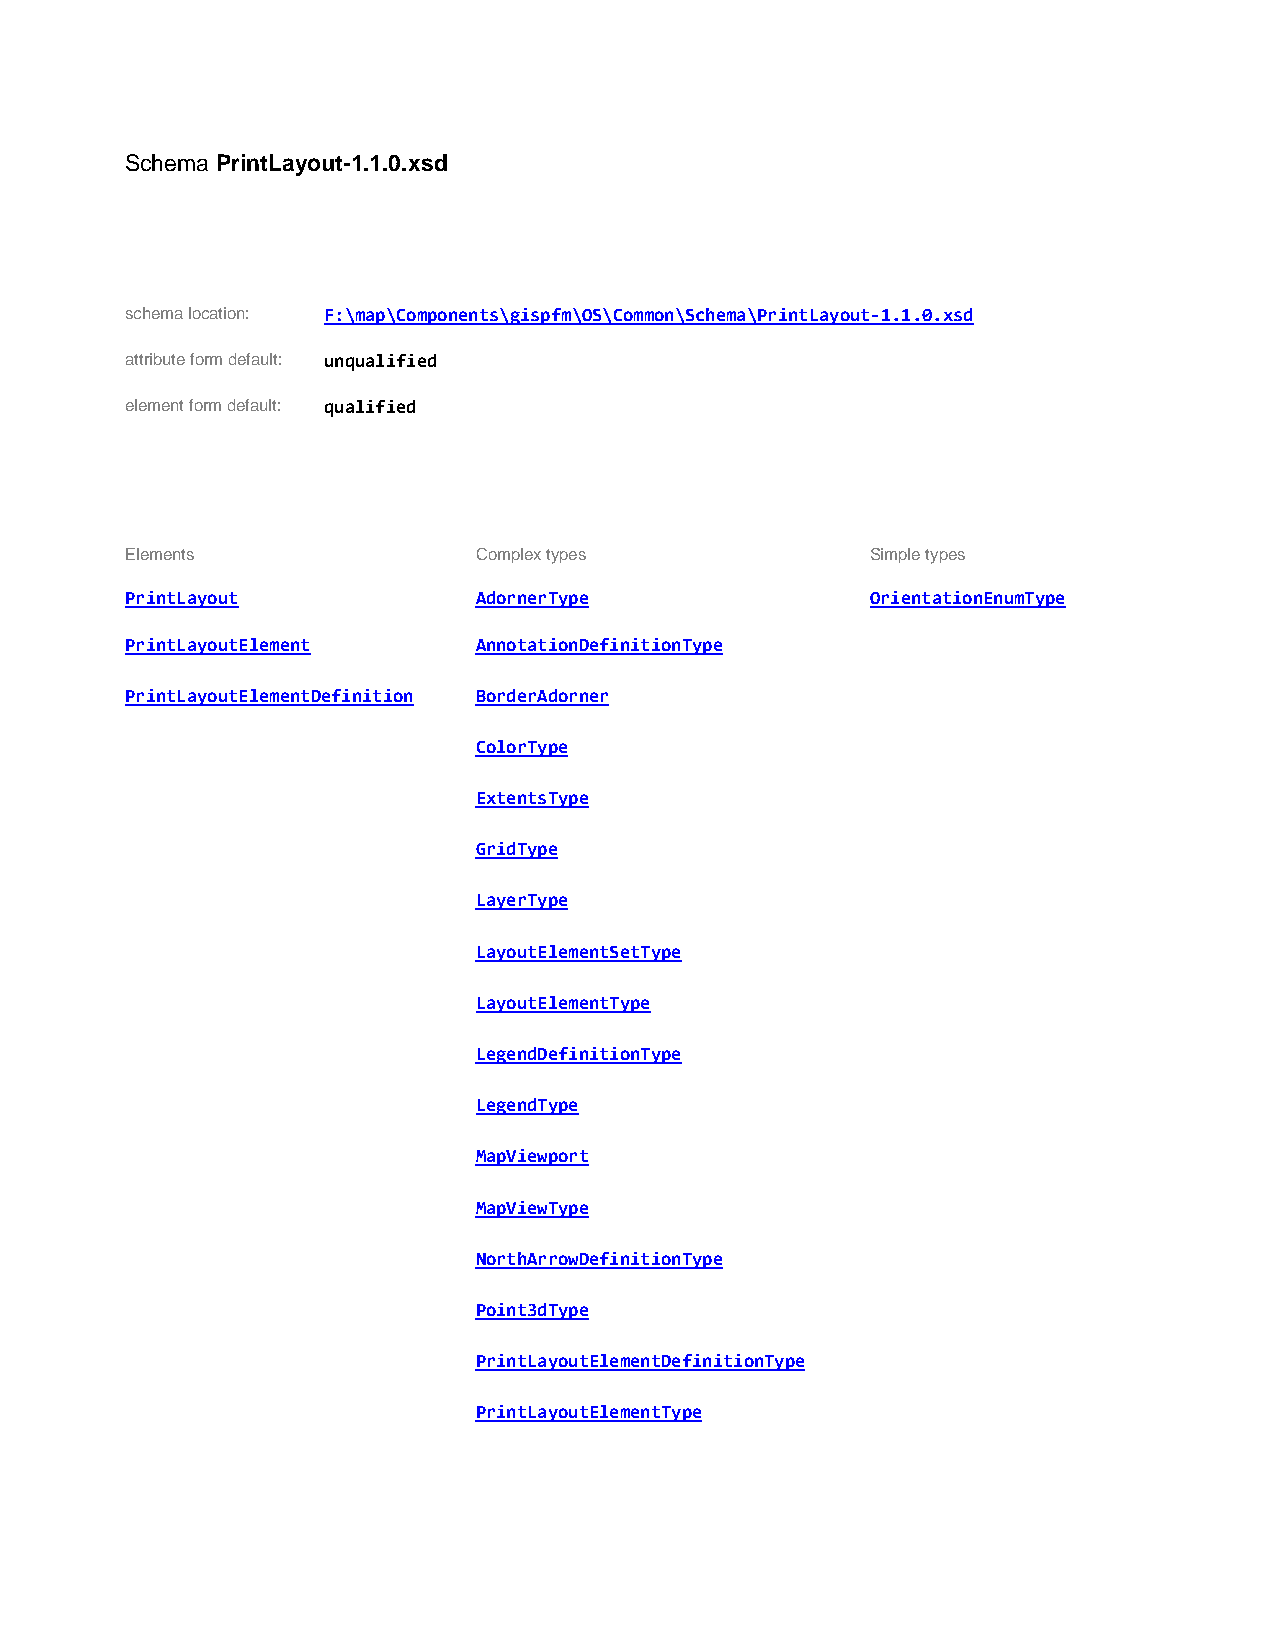
Schema PrintLayout-1.1.0.xsd
 schema location: F:\map\Components\gispfm\OS\Common\Schema\PrintLayout-1.1.0.xsd
 attribute form default: unqualified
 element form default: qualified
 Elements               Complex types              Simple types
 PrintLayout            AdornerType                OrientationEnumType
 PrintLayoutElement     AnnotationDefinitionType
 PrintLayoutElementDefinition BorderAdorner
 ColorType
 ExtentsType
 GridType
 LayerType
 LayoutElementSetType
 LayoutElementType
 LegendDefinitionType
 LegendType
 MapViewport
 MapViewType
 NorthArrowDefinitionType
 Point3dType
 PrintLayoutElementDefinitionType
 PrintLayoutElementType